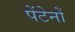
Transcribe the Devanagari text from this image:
पेंटेनों